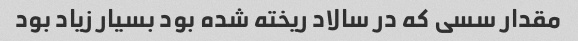
مقدار سسی که در سالاد ریخته شده بود بسیار زیاد بود